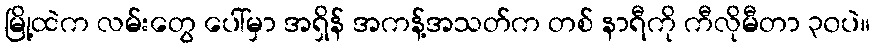
မြို့ထဲက လမ်းတွေ ပေါ်မှာ အရှိန် အကန့်အသတ်က တစ် နာရီကို ကီလိုမီတာ ၃၀ပဲ။